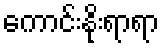
ကောင်းနိုးရာရာ